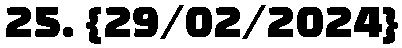
25. {29/02/2024}